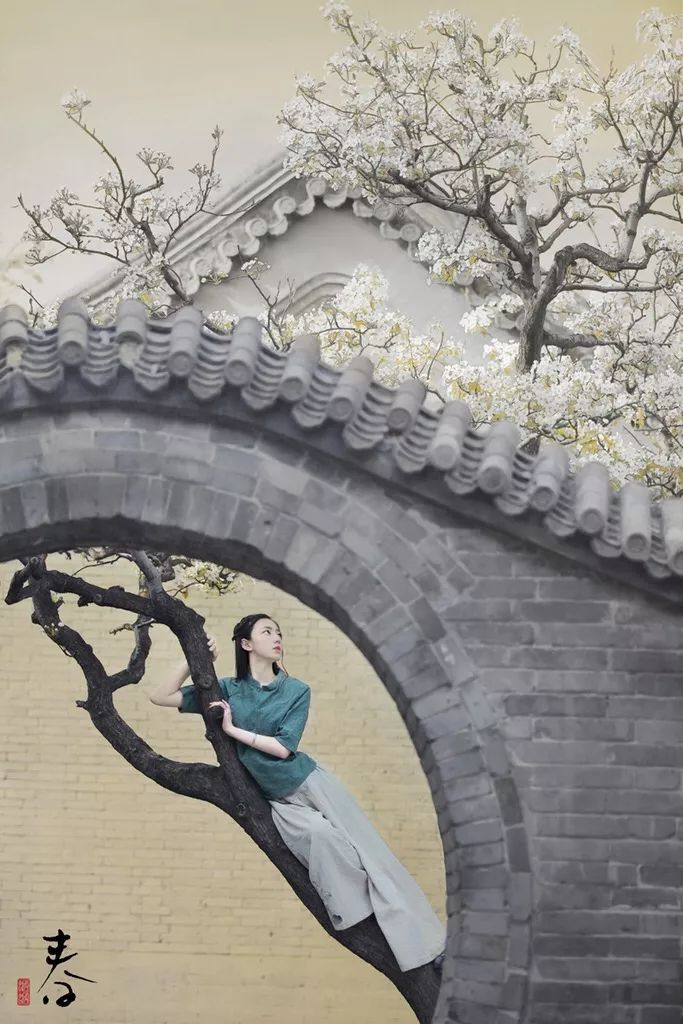
雪云散尽，放晓晴池院。杨柳于人便青眼。